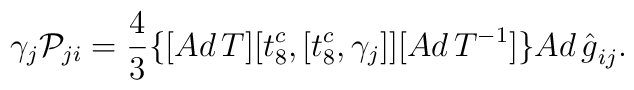
\gamma_j{\cal P}_{ji}= \frac{4}{3}\{[Ad\,T][t^c_{8},[t^c_{8},{\gamma}_j]][Ad\,T^{-1}]\}{Ad\,{\hat{g}}}_{ij}.